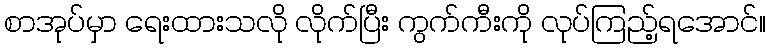
စာအုပ်မှာ ရေးထားသလို လိုက်ပြီး ကွက်ကီးကို လုပ်ကြည့်ရအောင်။